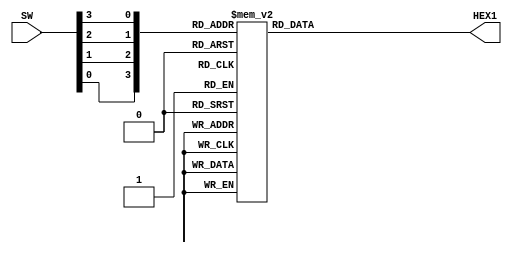
module verilog(SW, HEX1);
    input [14:17]SW; // Entrada de 4 bits representando um conjunto de chaves
    output [0:6]HEX1; // Sada de 7 bits representando o valor para um display de 7 segmentos
    reg [0:6] segmentos;  // Registrador de 7 bits para armazenar os segmentos do display
    always @ (*) // Sempre bloco sensvel a qualquer alterao nas entradas
        case ({SW[17], SW[16], SW[15], SW[14] })
            4'b0000: segmentos=7'b0000001; // Caso esteja em 4'b0000
            4'b0001: segmentos=7'b1001111; // Caso esteja em 4'b0001
            4'b0010: segmentos=7'b0010010; // Caso esteja em 4'b0010
            4'b0011: segmentos=7'b0000110; // Caso esteja em 4'b0011
            4'b0100: segmentos=7'b1001100; // Caso esteja em 4'b0100
            4'b0101: segmentos=7'b0100100; // Caso esteja em 4'b0101
            4'b0110: segmentos=7'b0100000; // Caso esteja em 4'b0110
            4'b0111: segmentos=7'b0001111; // Caso esteja em 4'b0111
            4'b1000: segmentos=7'b0000000; // Caso esteja em 4'b1000
            4'b1001: segmentos=7'b0000100; // Caso esteja em 4'b1001
            default: segmentos = 7'b1111111; // Caso padro para qualquer outra combinao
        endcase
    assign HEX1 = segmentos; // Atribuindo o valor de segmentos  sada HEX4
endmodule